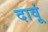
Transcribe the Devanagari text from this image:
दावूं